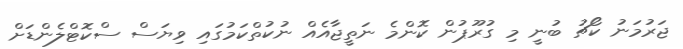
ޖަރުމަނު ކޯޗު ބުނީ މި ގުރޫޕުން ކޮންމެ ނަތީޖާއެއް ނުކުތްކަމުގައި ވިޔަސް ސްކޮޓްލެންޑަށް